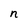
Character: n